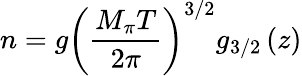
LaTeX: n=g\left(\frac{M_{\pi}T}{2\pi}\right)^{3/2}g_{3/2}\left(z\right)